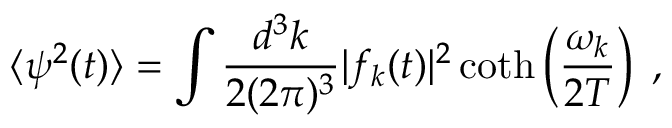
\langle \psi ^ { 2 } ( t ) \rangle = \int \frac { d ^ { 3 } k } { 2 ( 2 \pi ) ^ { 3 } } | f _ { k } ( t ) | ^ { 2 } \coth \left( \frac { \omega _ { k } } { 2 T } \right) \; ,